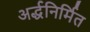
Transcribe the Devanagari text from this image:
अर्द्धनिर्मित